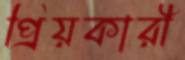
প্রিয়কারী